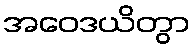
အဝေဒယိတွာ